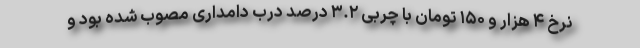
نرخ ۴ هزار و ۱۵۰ تومان با چربی ۳.۲ درصد درب دامداری مصوب شده بود و